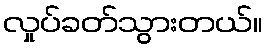
လှုပ်ခတ်သွားတယ်။